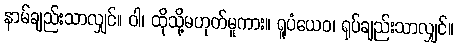
နာမ်ချည်းသာလျှင်။ ဝါ၊ ထိုသို့မဟုတ်မူကား။ ရူပံယေဝ၊ ရုပ်ချည်းသာလျှင်။